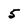
Character: 5